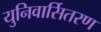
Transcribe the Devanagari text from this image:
युनिवार्सितरण